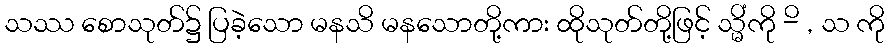
သဿ စောသုတ်၌ ပြခဲ့သော မနသိ မနသောတို့ကား ထိုသုတ်တို့ဖြင့် သ္မိံကို -ိ , သ ကို